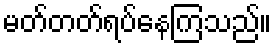
မတ်တတ်ရပ်နေကြသည်။